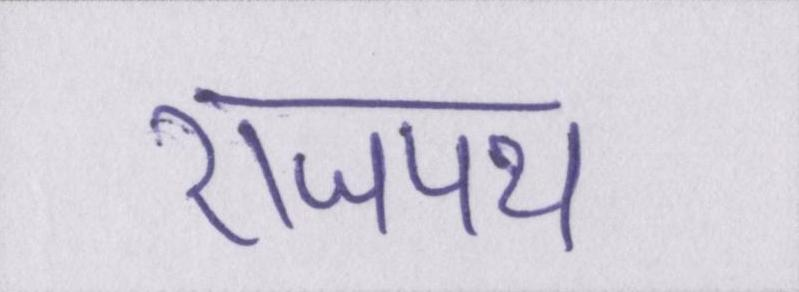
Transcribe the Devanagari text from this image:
राजपथ